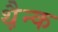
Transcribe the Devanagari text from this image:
थ़ैन्क